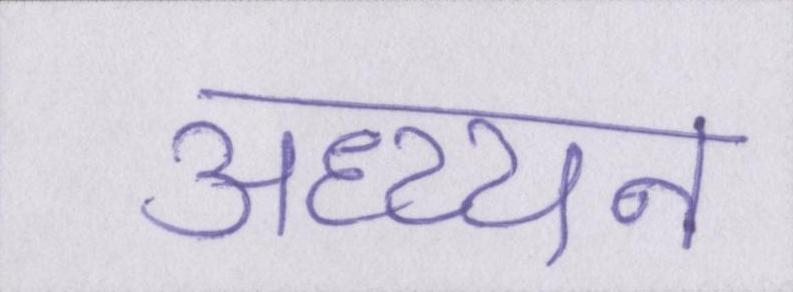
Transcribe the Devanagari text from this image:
अध्य्यन